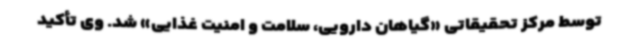
توسط مرکز تحقیقاتی «گیاهان دارویی، سلامت و امنیت غذایی» شد. وی تأکید